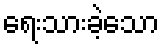
ရေးသားခဲ့သော